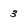
Character: 3